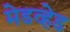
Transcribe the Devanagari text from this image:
मेडव्हेड